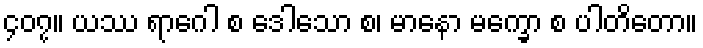
၄၀၇။ ယဿ ရာဂေါ စ ဒေါသော စ၊ မာနော မက္ခော စ ပါတိတော။